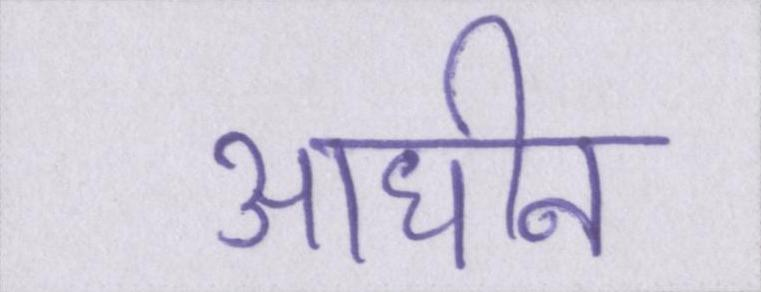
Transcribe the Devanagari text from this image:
आधीन